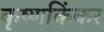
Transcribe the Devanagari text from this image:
कृष्णकिंकर